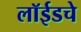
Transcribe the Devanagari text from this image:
लॉईडचे